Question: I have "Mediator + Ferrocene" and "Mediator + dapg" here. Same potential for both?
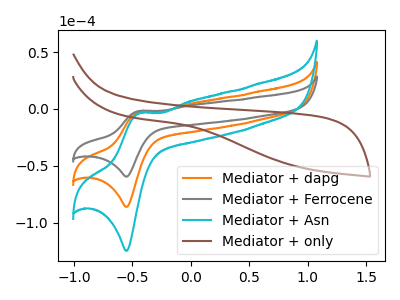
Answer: <think>The orange curve "Mediator + dapg" has an anodic peak at (-0.45V, -2.50uA) and a cathodic peak at (-0.55V, -86.20uA). The gray curve "Mediator + Ferrocene" has an anodic peak at (-0.45V, -1.70uA) and a cathodic peak at (-0.55V, -59.50uA). The cyan curve "Mediator + Asn" has an anodic peak at (-0.45V, -4.95uA) and a cathodic peak at (-0.55V, -172.35uA). The brown curve "Mediator + only" has no peaks.
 All the peaks in "Mediator + Ferrocene" have a peak in "Mediator + dapg" at the same potential.</think>
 <answer>"Mediator + Ferrocene" and "Mediator + dapg" are similar in shape.</answer>
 <eval>same_shape</eval>